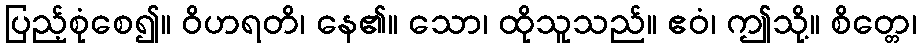
ပြည့်စုံစေ၍။ ဝိဟရတိ၊ နေ၏။ သော၊ ထိုသူသည်။ ဧဝံ၊ ဤသို့။ စိတ္တေ၊